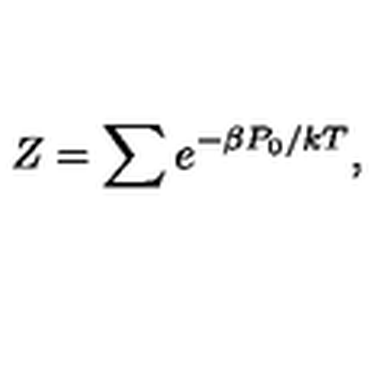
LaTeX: Z = \sum e ^ { - \beta P _ { 0 } / k T } ,